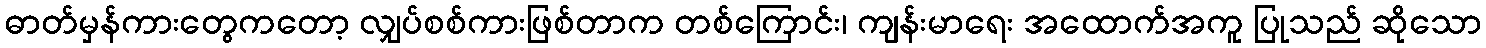
ဓာတ်မှန်ကားတွေကတော့ လျှပ်စစ်ကားဖြစ်တာက တစ်ကြောင်း၊ ကျန်းမာရေး အထောက်အကူ ပြုသည် ဆိုသော